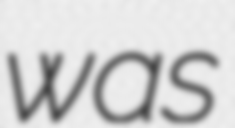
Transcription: was